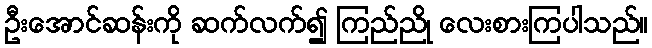
ဦးအောင်ဆန်းကို ဆက်လက်၍ ကြည်ညို လေးစားကြပါသည်။